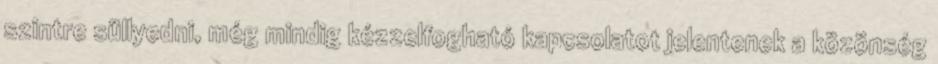
szintre süllyedni, még mindig kézzelfogható kapcsolatot jelentenek a közönség